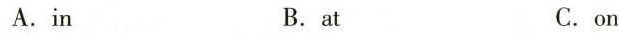
A.in B.at C.on